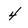
Character: 4